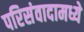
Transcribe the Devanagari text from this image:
परिसंवादामध्ये